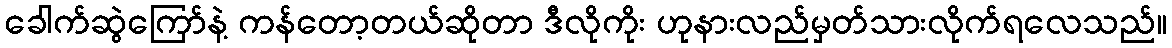
ခေါက်ဆွဲကြော်နဲ့ ကန်တော့တယ်ဆိုတာ ဒီလိုကိုး ဟုနားလည်မှတ်သားလိုက်ရလေသည်။